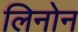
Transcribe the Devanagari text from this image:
लिनोन